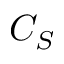
C _ { S }